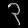
Digit: ၃